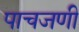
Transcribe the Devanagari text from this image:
पाचजणी